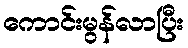
ကောင်းမွန်လာပြီး